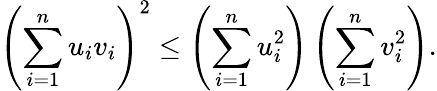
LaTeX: \left(\sum_{i=1}^{n}u_{i}v_{i}\right)^{2}\leq\left(\sum_{i=1}^{n}u_{i}^{2}\right)\left(\sum_{i=1}^{n}v_{i}^{2}\right).